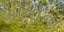
બોનોના